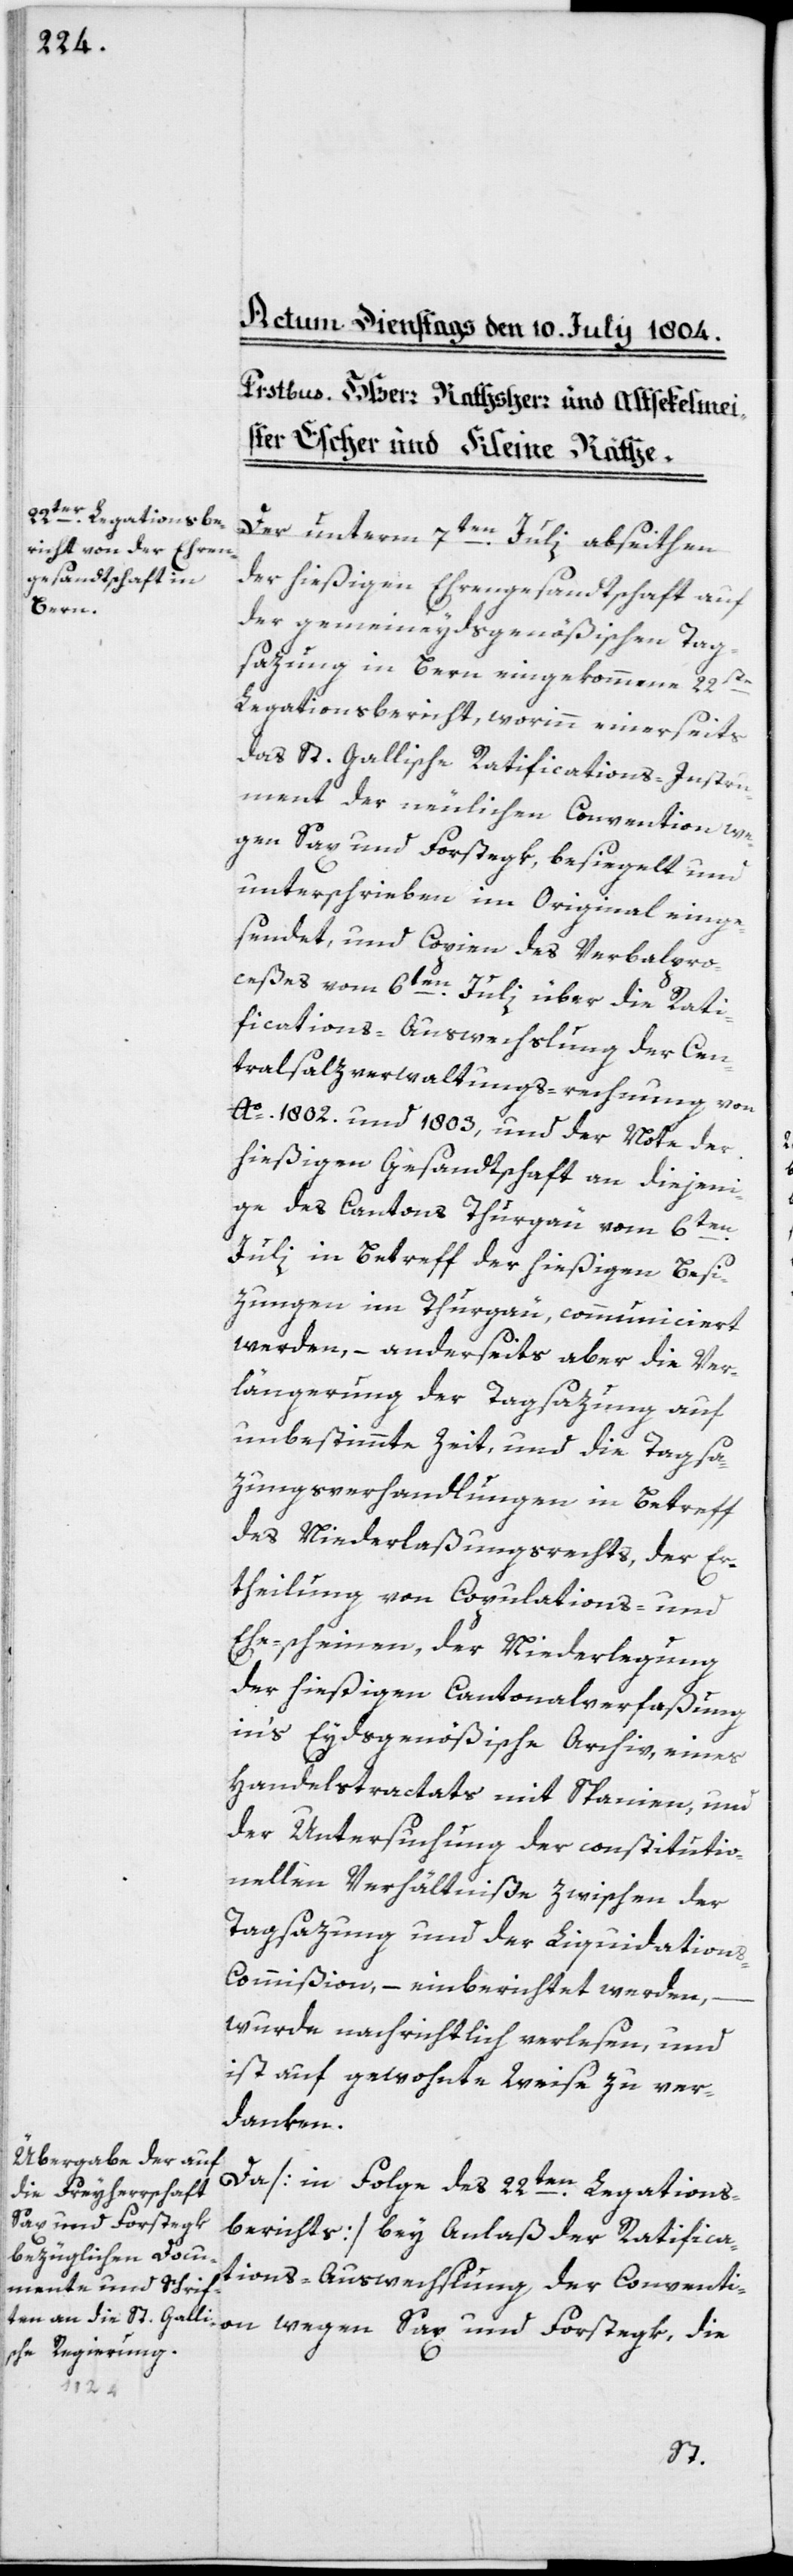
Der unterm 7ten Julii abseithen
der hießigen Ehrengesandtschaft auf
der gemeineydsgenößischen Tag¬
sazung in Bern eingekommene 22ste
Legationsbericht, worinn einerseits
das St. Gallische Ratifications-Instru¬
ment der neulichen Convention we¬
gen Sax und Forstegk, besiegelt und
unterschrieben im Original einge¬
sendet, und Copien des Verbalpro¬
ceßes vom 6ten Julii über die Rati¬
fications-Auswechslung der Cen¬
tralsalzverwaltungs-rechnung von
Ao 1802. und 1803, und der Note der
hießigen Gesandtschaft an diejeni¬
ge des Cantons Thurgau vom 6ten
Julii in Betreff der hießigen Besi¬
zungen im Thurgau communiciert
werden, – anderseits aber die Ver¬
längerung der Tagsazung auf
unbestimmte Zeit, und die Tagsat¬
zungsverhandlungen in Betreff
des Niederlaßungsrechts, der Er¬
theilung von Copulations- und
Ehescheinen, der Niederlegung
der hießigen Cantonalverfaßung
in’s Eydsgenößische Archiv, eines
Handelstractats mit Spanien, und
der Untersuchung der constitutio¬
nellen Verhältniße zwischen der
Tagsazung und der Liquidation¬
s-Commißion, – einberichtet werden,
wurde nachrichtlich verlesen, und
ist auf gewohnte Weise zu ver¬
danken.
Da [in Folge des 22ten Legations¬
Sax und Forstegk,
berichts] bey Anlaß der Ratifica¬
tions-Auswechslung der Convention
die